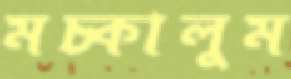
মচ্‌কালুম